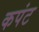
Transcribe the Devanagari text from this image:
कपंट